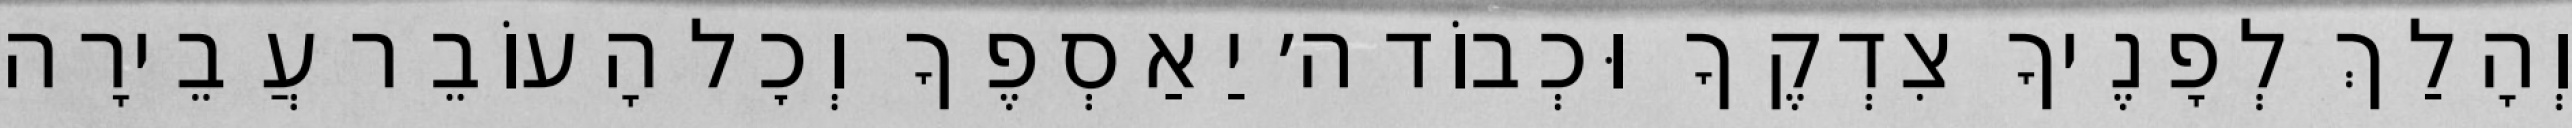
וְהָלַךְ לְפָנֶיךָ צִדְקֶךָ וּכְבוֹד ה׳ יַאַסְפֶךָ וְכׇל הָעוֹבֵר עֲבֵירָה